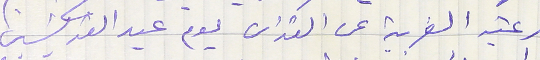
رعية الغربية عن القداس يوم عيد القديسين